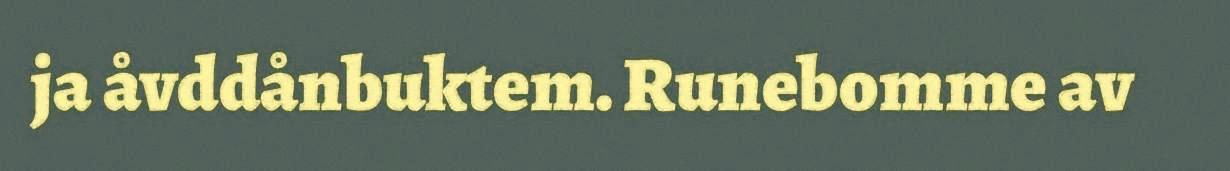
ja åvddånbuktem. Runebomme av